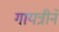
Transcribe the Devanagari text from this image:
गायत्रीने